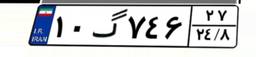
۱۰گ۷۴۶۲۷